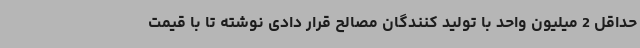
حداقل 2 میلیون واحد با تولید کنندگان مصالح قرار دادی نوشته تا با قیمت